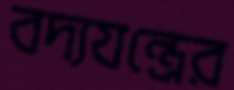
বদ্যযন্ত্রের